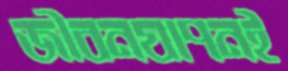
জীবনযাপনই